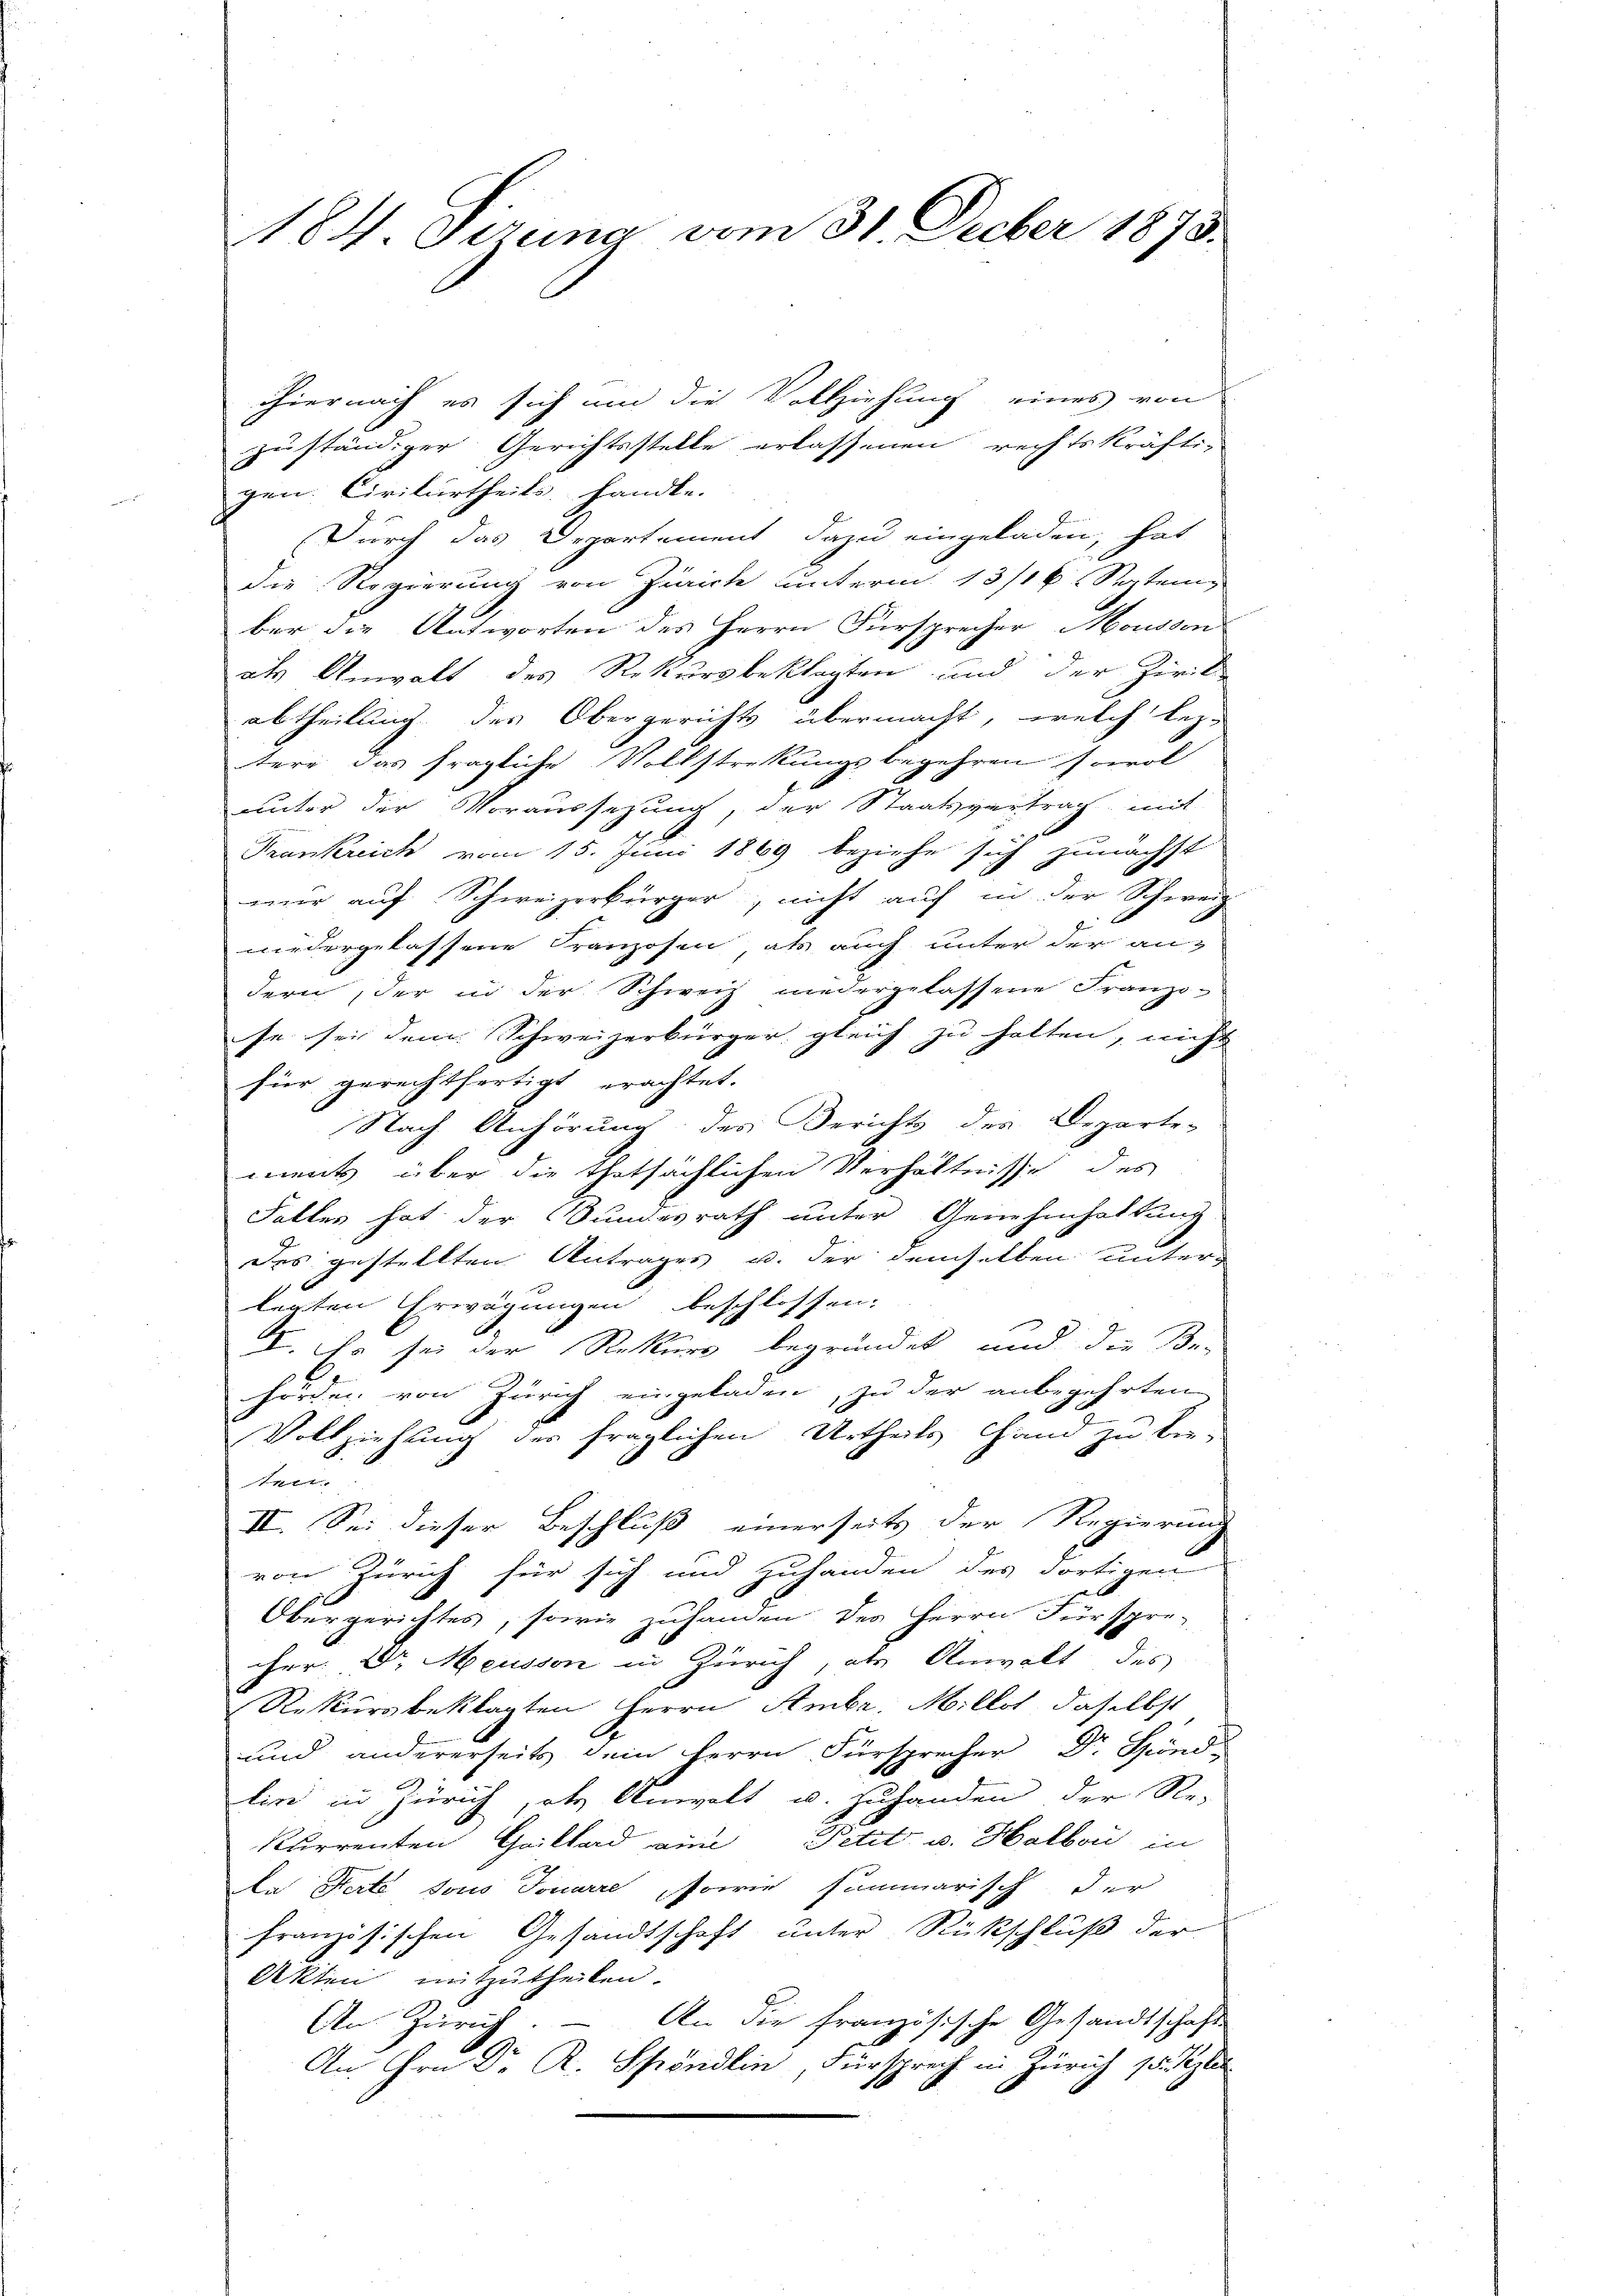
184. Gruna vom 31. Decber 1873.

hhiernach es sich um die Vollziehung eines von
zuständiger Gerichtsstelle erlassenen rechtskräfti-
gen. Civilurtheils handle.
Durch das Departement dazu eingeladen, hat
die Regierung von Zürich unterm 13/16 September die Antworten des Herrn Fürsprecher Mousson
als Anwalt des Rekursbeklagten und der Zivil-
abtheilung des Obergerichts übermacht, welch leztere das fragliche Vollstreckungsbegehren sowol
unter der Voraussetzung, der Staatsvertrag mit
Frankreich vom 15. Juni 1869 beziehe sich zunächst
wir auf Schweizerbürger, nicht auf in der Schweiz
niedergelassene Franzosen als auch unter der an-
dern, der in der Schweiz niedergelassene Franzo-
se sei dem Schweizerbürger gleich zu halten, nicht
fier gerechtfertigt erachtet.
Nach Anhörung des Berichts des Departe-
ments über die thatsächlichen Verhältnisse des
Falles hat der Sundesrath unter Genehmhaltung
des gestellten Antrages u. der demselben unter-
legten Erwägungen beschlossen:
d. So sei der Rekurs begründet, und die Be-
hörden von Zürich eingeladen, zu der anbegehrten
Vollziehung der fraglichen Urtheils Hand zu beten.
II. Sei dieser Beschluß einerseits der Regierung
von Zürich für sich und zuhanden des dortigen
Obergerichtes, sowie zuhanden der Herrn Fürspre-
her. Dr. Meusson in Zürich, als Anwalt des
Rekursbeklagten Herrn Ambr. Millet, daselbst
und andererseits dein Herrn Fürsprecher Dr. Händ
lin in Zürich, als Anwalt u. zuhanden der Re-
kurrenten Grillard eine Petit u. Halboi in
en Herte sous Tonarre sowie summarisch der
französischen Gesandtschaft unter Rückschluß der
Akten mitzutheilen.
An Zürich. – An die französische Gesandtschaft
An Hrn. Dr. K. Spöndlin, Fürsprech in Zürich sitzler